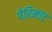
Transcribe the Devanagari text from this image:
पेरिनाट